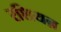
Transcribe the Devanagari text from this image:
रशियऩ